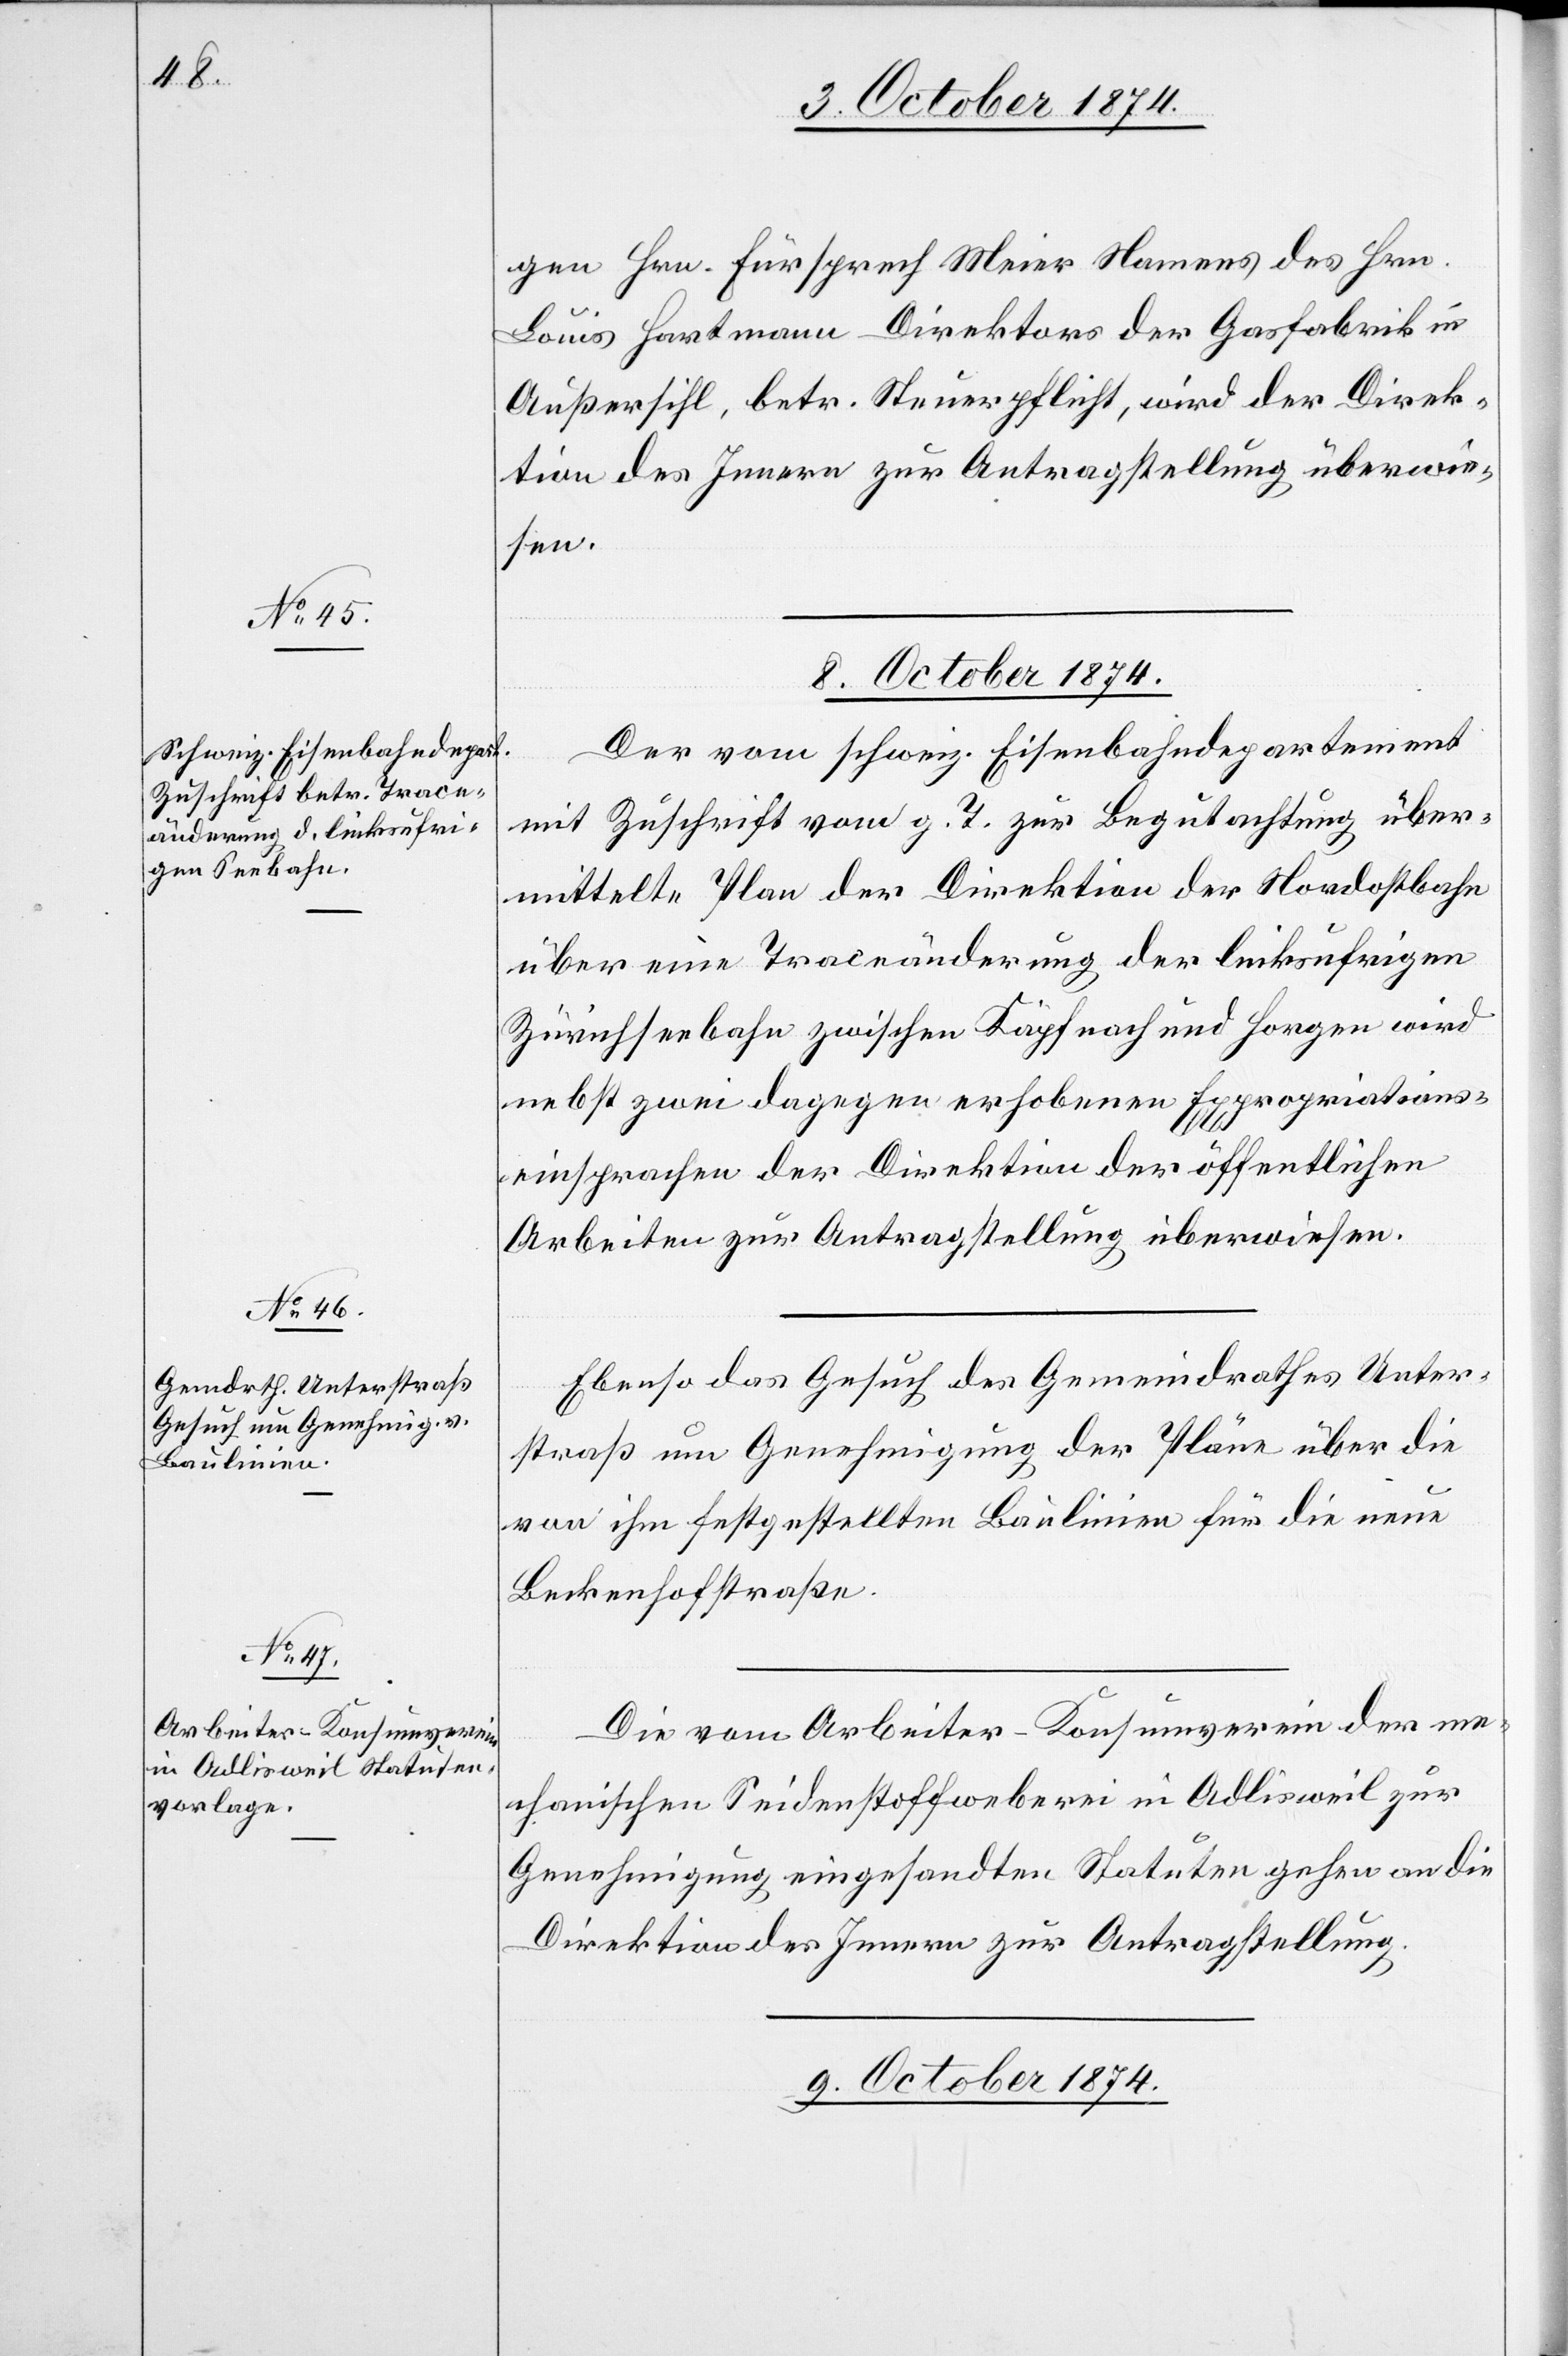
gen Hrn. Fürsprech Meier Namens des Hrn.
Louis Hartmann Direktor der Gasfabrik in
Außersihl, betr. Steuerpflicht, wird der Direk¬
tion des Innern zur Antragstellung überwie¬
sen.
8. October 1874.]
Der vom schweiz. Eisenbahndepartement
mit Zuschrift vom g. T. zur Begutachtung über¬
mittelte Plan der Direktion der Nordostbahn
über eine Traceänderung der linksufrigen
Zürichseebahn zwischen Käpfnach und Horgen wird
nebst zwei dagegen erhobenen Expropriations¬
einsprachen der Direktion der öffentlichen
Arbeiten zur Antragstellung überwiesen.
Ebenso das Gesuch des Gemeindrathes Unter¬
straß um Genehmigung der Pläne über die
von ihm festgestellten Baulinien für die neue
Beckenhofstraße.
Die vom Arbeiter-Konsumverein der me¬
chanischen Seidenstoffweberei in Adlisweil zur
Genehmigung eingesandten Statuten gehen an die
Direktion des Innern zur Antragstellung.
9. October 1874.